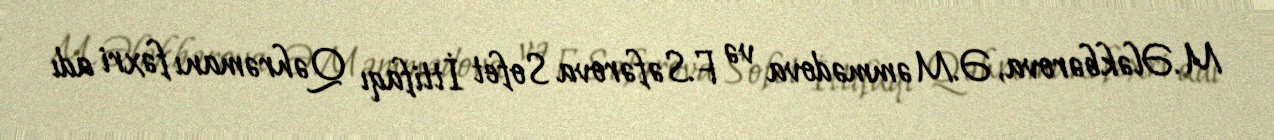
M.Ələkbərova, Ə.Məmmədova və F.Səfərova Sofet İttifaqı Qəhrəmanı fəxri adı